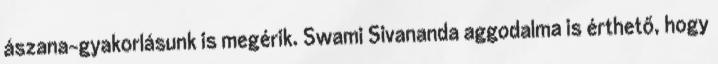
ászana-gyakorlásunk is megérik. Swami Sivananda aggodalma is érthető, hogy